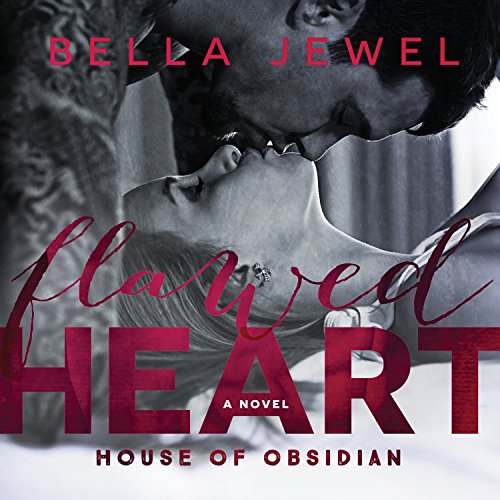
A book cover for Flawed Heart: House of Obsidian Series #1; Bella Jewel; Romance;